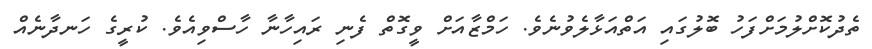
ތެދުކޮށްލުމަށްފަހު ބޮލުގައި އަތްއަޅާލެވުނެވެ. ހަމްޒާއަށް ވީގޮތް ފެނި ރައިހާނާ ހާސްވިއެވެ. ކުރީގެ ހަނދާނެއް